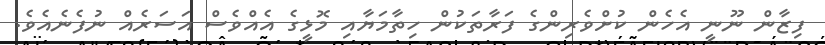
ފިޒާން ނޫނީ އެހެން ކުށްވެރިންގެ ފަރާތަކުން ހިތާމަޔާއި މޮޅީގެ އެއްވެސް އަސަރެއް ނުފެނެއެވެ.